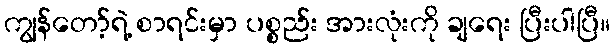
ကျွန်တော့်ရဲ့ စာရင်းမှာ ပစ္စည်း အားလုံးကို ချရေး ပြီးပါပြီ။